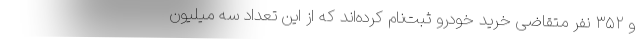
و ۳۵۲ نفر متقاضی خرید خودرو ثبت‌نام کرده‌اند که از این تعداد سه میلیون